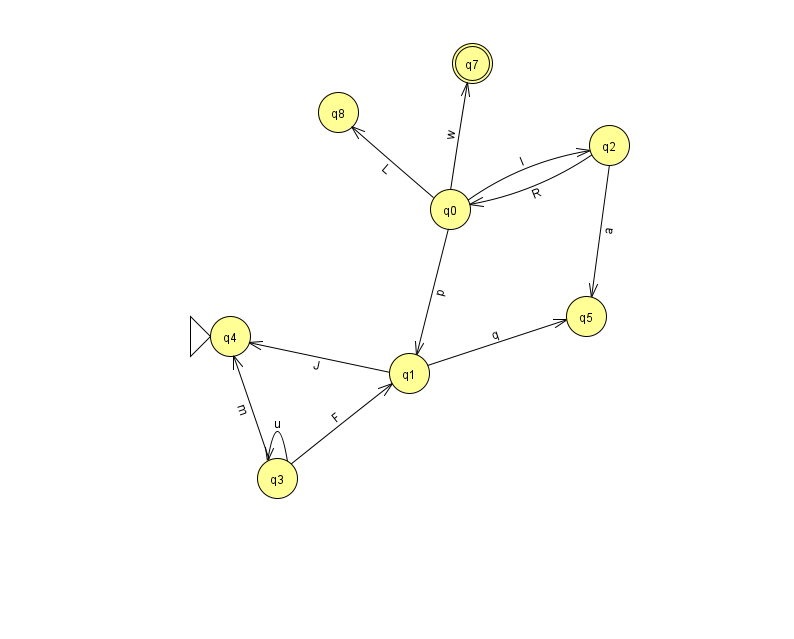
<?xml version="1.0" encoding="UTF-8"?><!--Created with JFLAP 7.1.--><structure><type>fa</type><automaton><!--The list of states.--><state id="0" name="q0"><x>450.0</x><y>196.0</y></state><state id="1" name="q1"><x>409.0</x><y>360.0</y></state><state id="2" name="q2"><x>609.0</x><y>132.0</y></state><state id="3" name="q3"><x>277.0</x><y>465.0</y></state><state id="4" name="q4"><x>230.0</x><y>323.0</y><initial/></state><state id="5" name="q5"><x>586.0</x><y>303.0</y></state><state id="7" name="q7"><x>472.0</x><y>50.0</y><final/></state><state id="8" name="q8"><x>338.0</x><y>99.0</y></state><!--The list of transitions.--><transition><from>2</from><to>0</to><read>R</read></transition><transition><from>0</from><to>1</to><read>p</read></transition><transition><from>0</from><to>8</to><read>L</read></transition><transition><from>3</from><to>3</to><read>u</read></transition><transition><from>3</from><to>4</to><read>m</read></transition><transition><from>1</from><to>5</to><read>q</read></transition><transition><from>2</from><to>5</to><read>a</read></transition><transition><from>1</from><to>4</to><read>J</read></transition><transition><from>3</from><to>1</to><read>F</read></transition><transition><from>0</from><to>7</to><read>w</read></transition><transition><from>0</from><to>2</to><read>l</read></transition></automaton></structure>